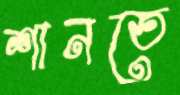
শানতে